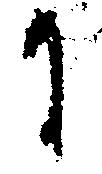
に